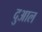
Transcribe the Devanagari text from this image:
दुआल